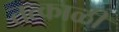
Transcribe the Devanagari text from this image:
तत्काळी